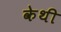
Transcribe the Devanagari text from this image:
केथी